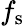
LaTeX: f_{\mathrm{s}}